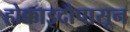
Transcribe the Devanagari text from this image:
होक्काइदोपासून